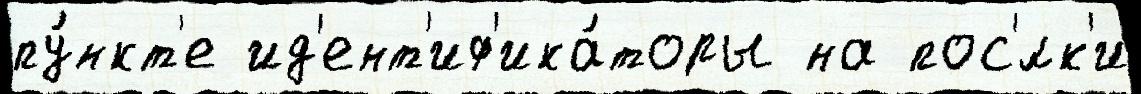
пу́нкт'е ид'ент'иф'ика́торы на пос'́лк'и